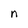
Character: n